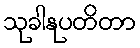
သုခါနုပတိတာ